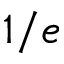
1 / e